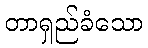
တာရှည်ခံသော